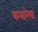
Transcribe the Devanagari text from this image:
कथारेषा